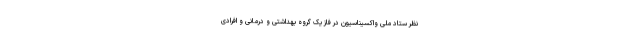
نظر ستاد ملی واکسیناسیون در فاز یک گروه بهداشتی و درمانی و افرادی